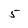
Character: 5